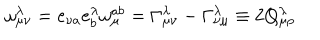
\omega _ { \mu \nu } ^ { \lambda } = e _ { \nu a } e _ { b } ^ { \lambda } \omega _ { \mu } ^ { a b } = \Gamma _ { \mu \nu } ^ { \lambda } - \Gamma _ { \nu \mu } ^ { \lambda } \equiv 2 Q _ { \mu \rho } ^ { \lambda }